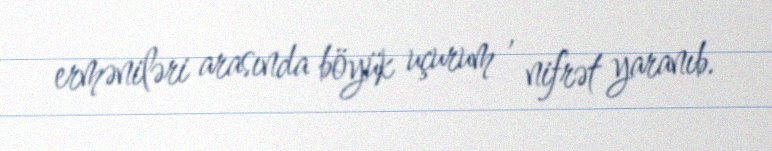
erməniləri arasında böyük uçurum , nifrət yaranıb.